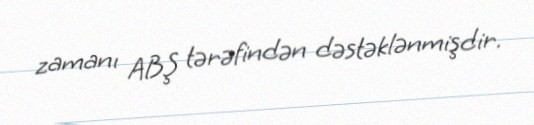
zamanı ABŞ tərəfindən dəstəklənmişdir.